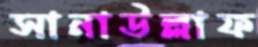
সানাউল্লাফ